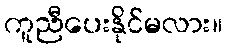
ကူညီပေးနိုင်မလား။